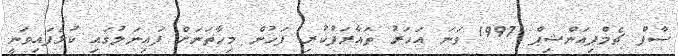
ސާފް ޗެމްޕިއަންޝިޕް 1997 ވަނަ އަހަރު ތައާރަފުކުރި ފަހުން މިހާތަނަށް ފައިނަލުގައި ކުޅެފައިވަނީ